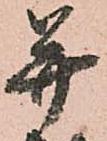
并